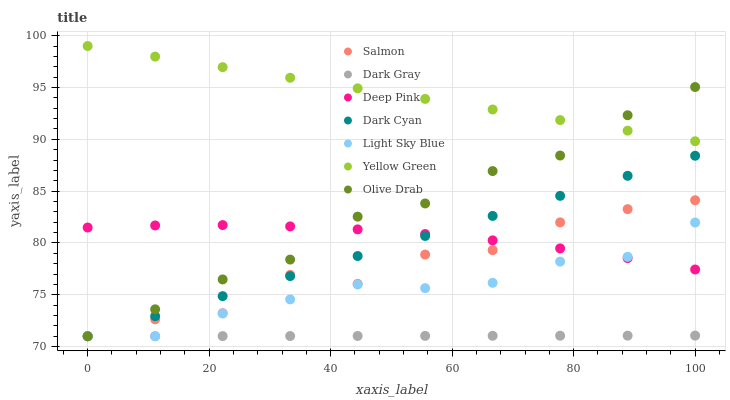
| xaxis_label | Salmon | Dark Gray | Deep Pink | Dark Cyan | Light Sky Blue | Yellow Green | Olive Drab |
 | --- | --- | --- | --- | --- | --- | --- | --- |
 | 0 | 71 | 71 | 81.5 | 71 | 71 | 99 | 71 |
 | 11.1 | 72.6 | 71 | 81.7 | 72.9 | 71 | 98 | 73.6 |
 | 22.2 | 73.2 | 71 | 81.7 | 74.9 | 73.2 | 97 | 76.5 |
 | 33.3 | 76.9 | 71 | 81.6 | 76.8 | 74.6 | 95.9 | 78.4 |
 | 44.4 | 76.1 | 71 | 81.3 | 78.7 | 76 | 94.9 | 82.5 |
 | 55.6 | 78.9 | 71 | 80.9 | 80.7 | 75.6 | 93.9 | 83.8 |
 | 66.7 | 79.3 | 71 | 80.3 | 82.6 | 76.2 | 92.9 | 86.9 |
 | 77.8 | 82 | 71.1 | 79.5 | 84.5 | 78.2 | 91.9 | 88.4 |
 | 88.9 | 83.3 | 71.1 | 78.5 | 86.5 | 78.7 | 90.8 | 92.3 |
 | 100 | 84.1 | 71.1 | 77.4 | 88.4 | 82 | 89.8 | 95 |